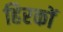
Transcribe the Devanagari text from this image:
हिरकों